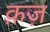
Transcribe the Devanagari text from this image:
क़ज़